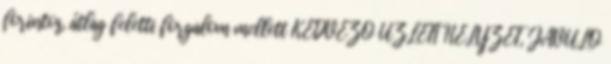
forintos, átlag feletti forgalom mellett KEDVEZŐ ÜZLETI HELYZET, JAVULÓ